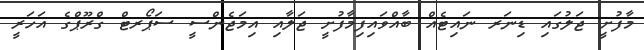
މާފުށީ ޖަލުގައި ޑިނަރ ނައިޓެއް ބާއްވައިފިމާފުށީ ޖަލާއި އިމަޖެންސީ ސަޕޯރޓް ގްރޫޕްގެ އަހަރީ